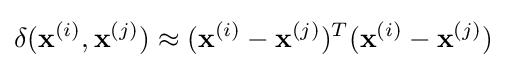
\operatorname {\delta } (\mathbf {x} ^{(i)},\mathbf {x} ^{(j)})\approx (\mathbf {x} ^{(i)}-\mathbf {x} ^{(j)})^{T}(\mathbf {x} ^{(i)}-\mathbf {x} ^{(j)})